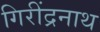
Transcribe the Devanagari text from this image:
गिरींद्रनाथ